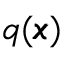
q ( { \pmb x } )